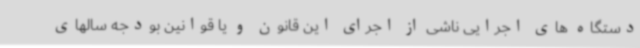
دستگاه های اجرایی ناشی از اجرای این قانون و یا قوانین بودجه سالهای